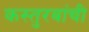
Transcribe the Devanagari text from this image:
कस्तुरबांची